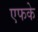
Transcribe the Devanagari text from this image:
एफके